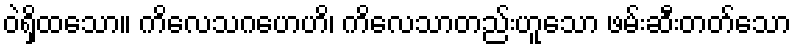
ဝဲရှိထသော။ ကိလေသဂဟေဟိ၊ ကိလေသာတည်းဟူသော ဖမ်းဆီးတတ်သော